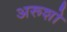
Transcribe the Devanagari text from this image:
अरूशो